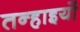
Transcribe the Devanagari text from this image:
तन्हाइयों